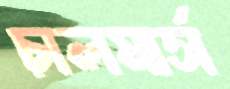
চালমার্স